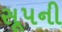
સૂપની